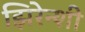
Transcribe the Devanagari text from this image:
झिरेन्शी